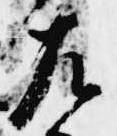
左